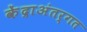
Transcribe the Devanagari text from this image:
केंद्राअंतर्गत